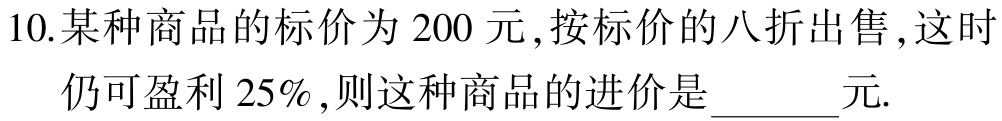
10.某种商品的标价为 200 元,按标价的八折出售,这时

仍可盈利 25%,则这种商品的进价是______元.